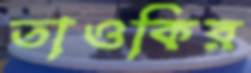
তাওকির